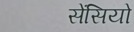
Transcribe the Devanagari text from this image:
सेंसियो